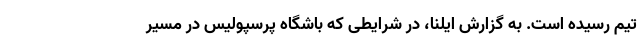
تیم رسیده است. به گزارش ایلنا، در‌ شرایطی که باشگاه پرسپولیس در مسیر